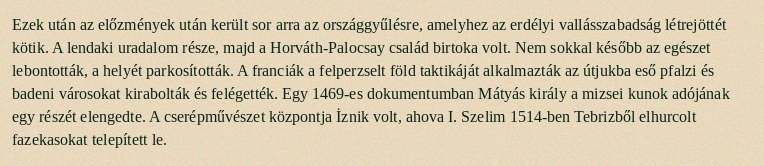
Ezek után az előzmények után került sor arra az országgyűlésre, amelyhez az erdélyi vallásszabadság létrejöttét kötik. A lendaki uradalom része, majd a Horváth-Palocsay család birtoka volt. Nem sokkal később az egészet lebontották, a helyét parkosították. A franciák a felperzselt föld taktikáját alkalmazták az útjukba eső pfalzi és badeni városokat kirabolták és felégették. Egy 1469-es dokumentumban Mátyás király a mizsei kunok adójának egy részét elengedte. A cserépművészet központja İznik volt, ahova I. Szelim 1514-ben Tebrizből elhurcolt fazekasokat telepített le.